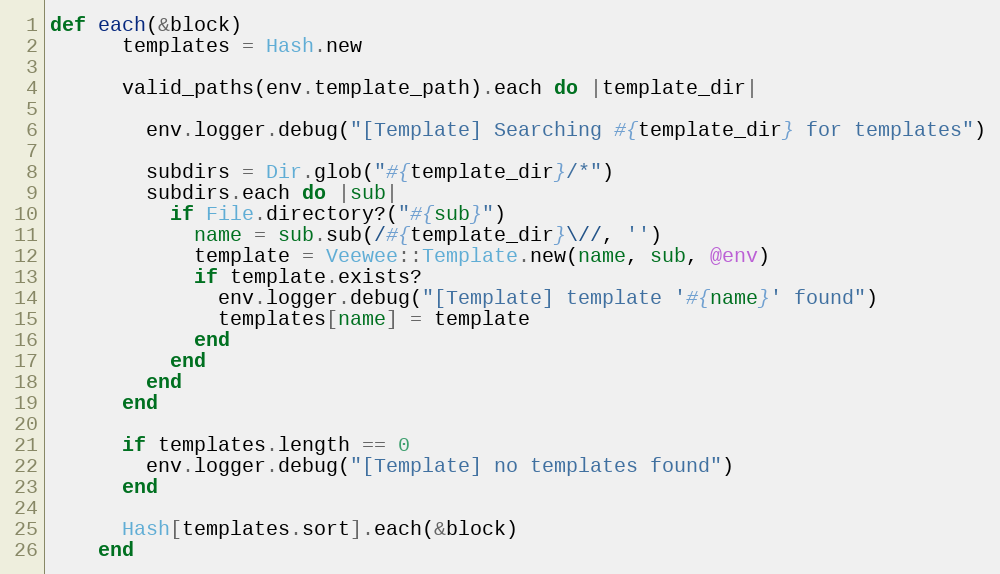
Language: Ruby
def each(&block)
      templates = Hash.new

      valid_paths(env.template_path).each do |template_dir|

        env.logger.debug("[Template] Searching #{template_dir} for templates")

        subdirs = Dir.glob("#{template_dir}/*")
        subdirs.each do |sub|
          if File.directory?("#{sub}")
            name = sub.sub(/#{template_dir}\//, '')
            template = Veewee::Template.new(name, sub, @env)
            if template.exists?
              env.logger.debug("[Template] template '#{name}' found")
              templates[name] = template
            end
          end
        end
      end

      if templates.length == 0
        env.logger.debug("[Template] no templates found")
      end

      Hash[templates.sort].each(&block)
    end